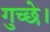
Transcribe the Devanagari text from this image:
गुच्छे।